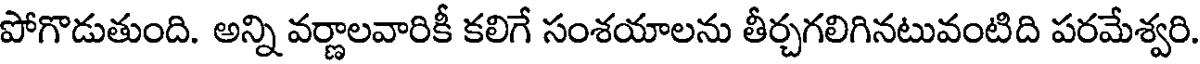
పోగొడుతుంది. అన్ని వర్ణాలవారికీ కలిగే సంశయాలను తీర్చగలిగినటువంటిది పరమేశ్వరి